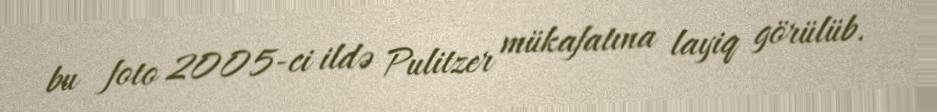
bu foto 2005-ci ildə Pulitzer mükafatına layiq görülüb.